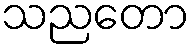
သညတော